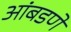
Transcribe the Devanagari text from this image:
आंबडणे